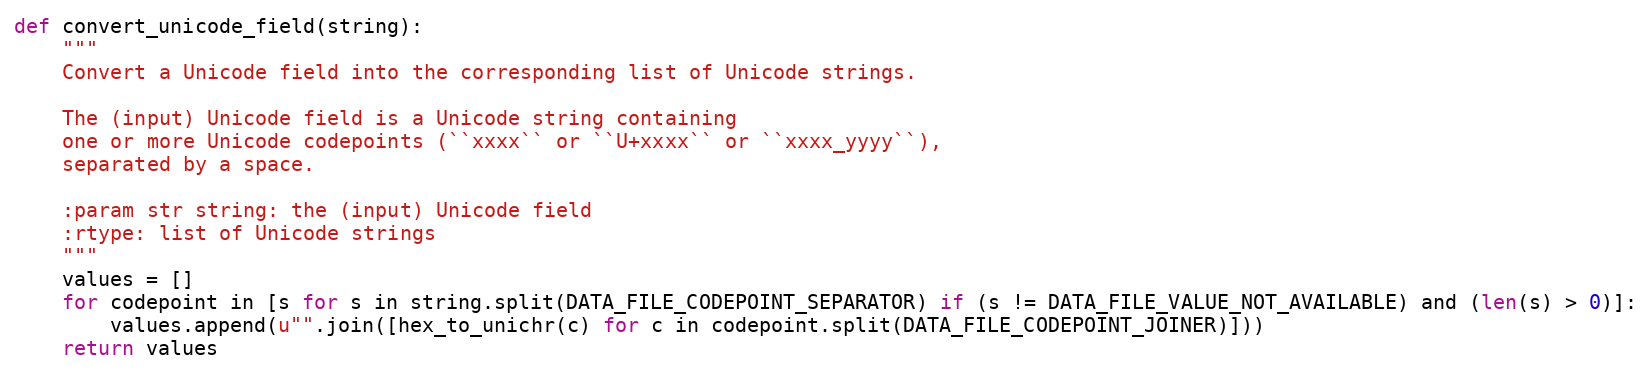
Language: Python
def convert_unicode_field(string):
    """
    Convert a Unicode field into the corresponding list of Unicode strings.

    The (input) Unicode field is a Unicode string containing
    one or more Unicode codepoints (``xxxx`` or ``U+xxxx`` or ``xxxx_yyyy``),
    separated by a space.

    :param str string: the (input) Unicode field
    :rtype: list of Unicode strings
    """
    values = []
    for codepoint in [s for s in string.split(DATA_FILE_CODEPOINT_SEPARATOR) if (s != DATA_FILE_VALUE_NOT_AVAILABLE) and (len(s) > 0)]:
        values.append(u"".join([hex_to_unichr(c) for c in codepoint.split(DATA_FILE_CODEPOINT_JOINER)]))
    return values